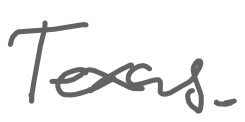
Text: Texas.
Cross-out: clean
Writing tool: digital_gray